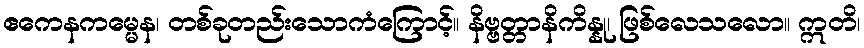
ဧကေနကမ္မေန၊ တစ်ခုတည်းသောကံကြောင့်။ နိဗ္ဗတ္တာနိကိန္နု၊ ဖြစ်လေသလော။ ဣတိ၊